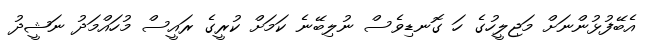
އެބޭފުޅުންނަށް މަޖިލީހުގެ ހަ ގޮނޑިވެސް ނުލިބޭނެ ކަމަށް ކުރީގެ ރައީސް މުހައްމަދު ނަޝީދު